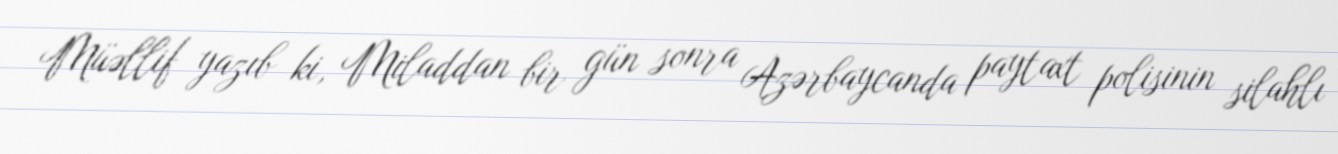
Müəllif yazıb ki, Miladdan bir gün sonra Azərbaycanda paytaxt polisinin silahlı